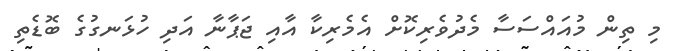
މި ތިން މުއައްސަސާ މެދުވެރިކޮށް އެމެރިކާ އާއި ޖަޕާނާ އަދި ހުޅަނގުގެ ބޮޑެތި